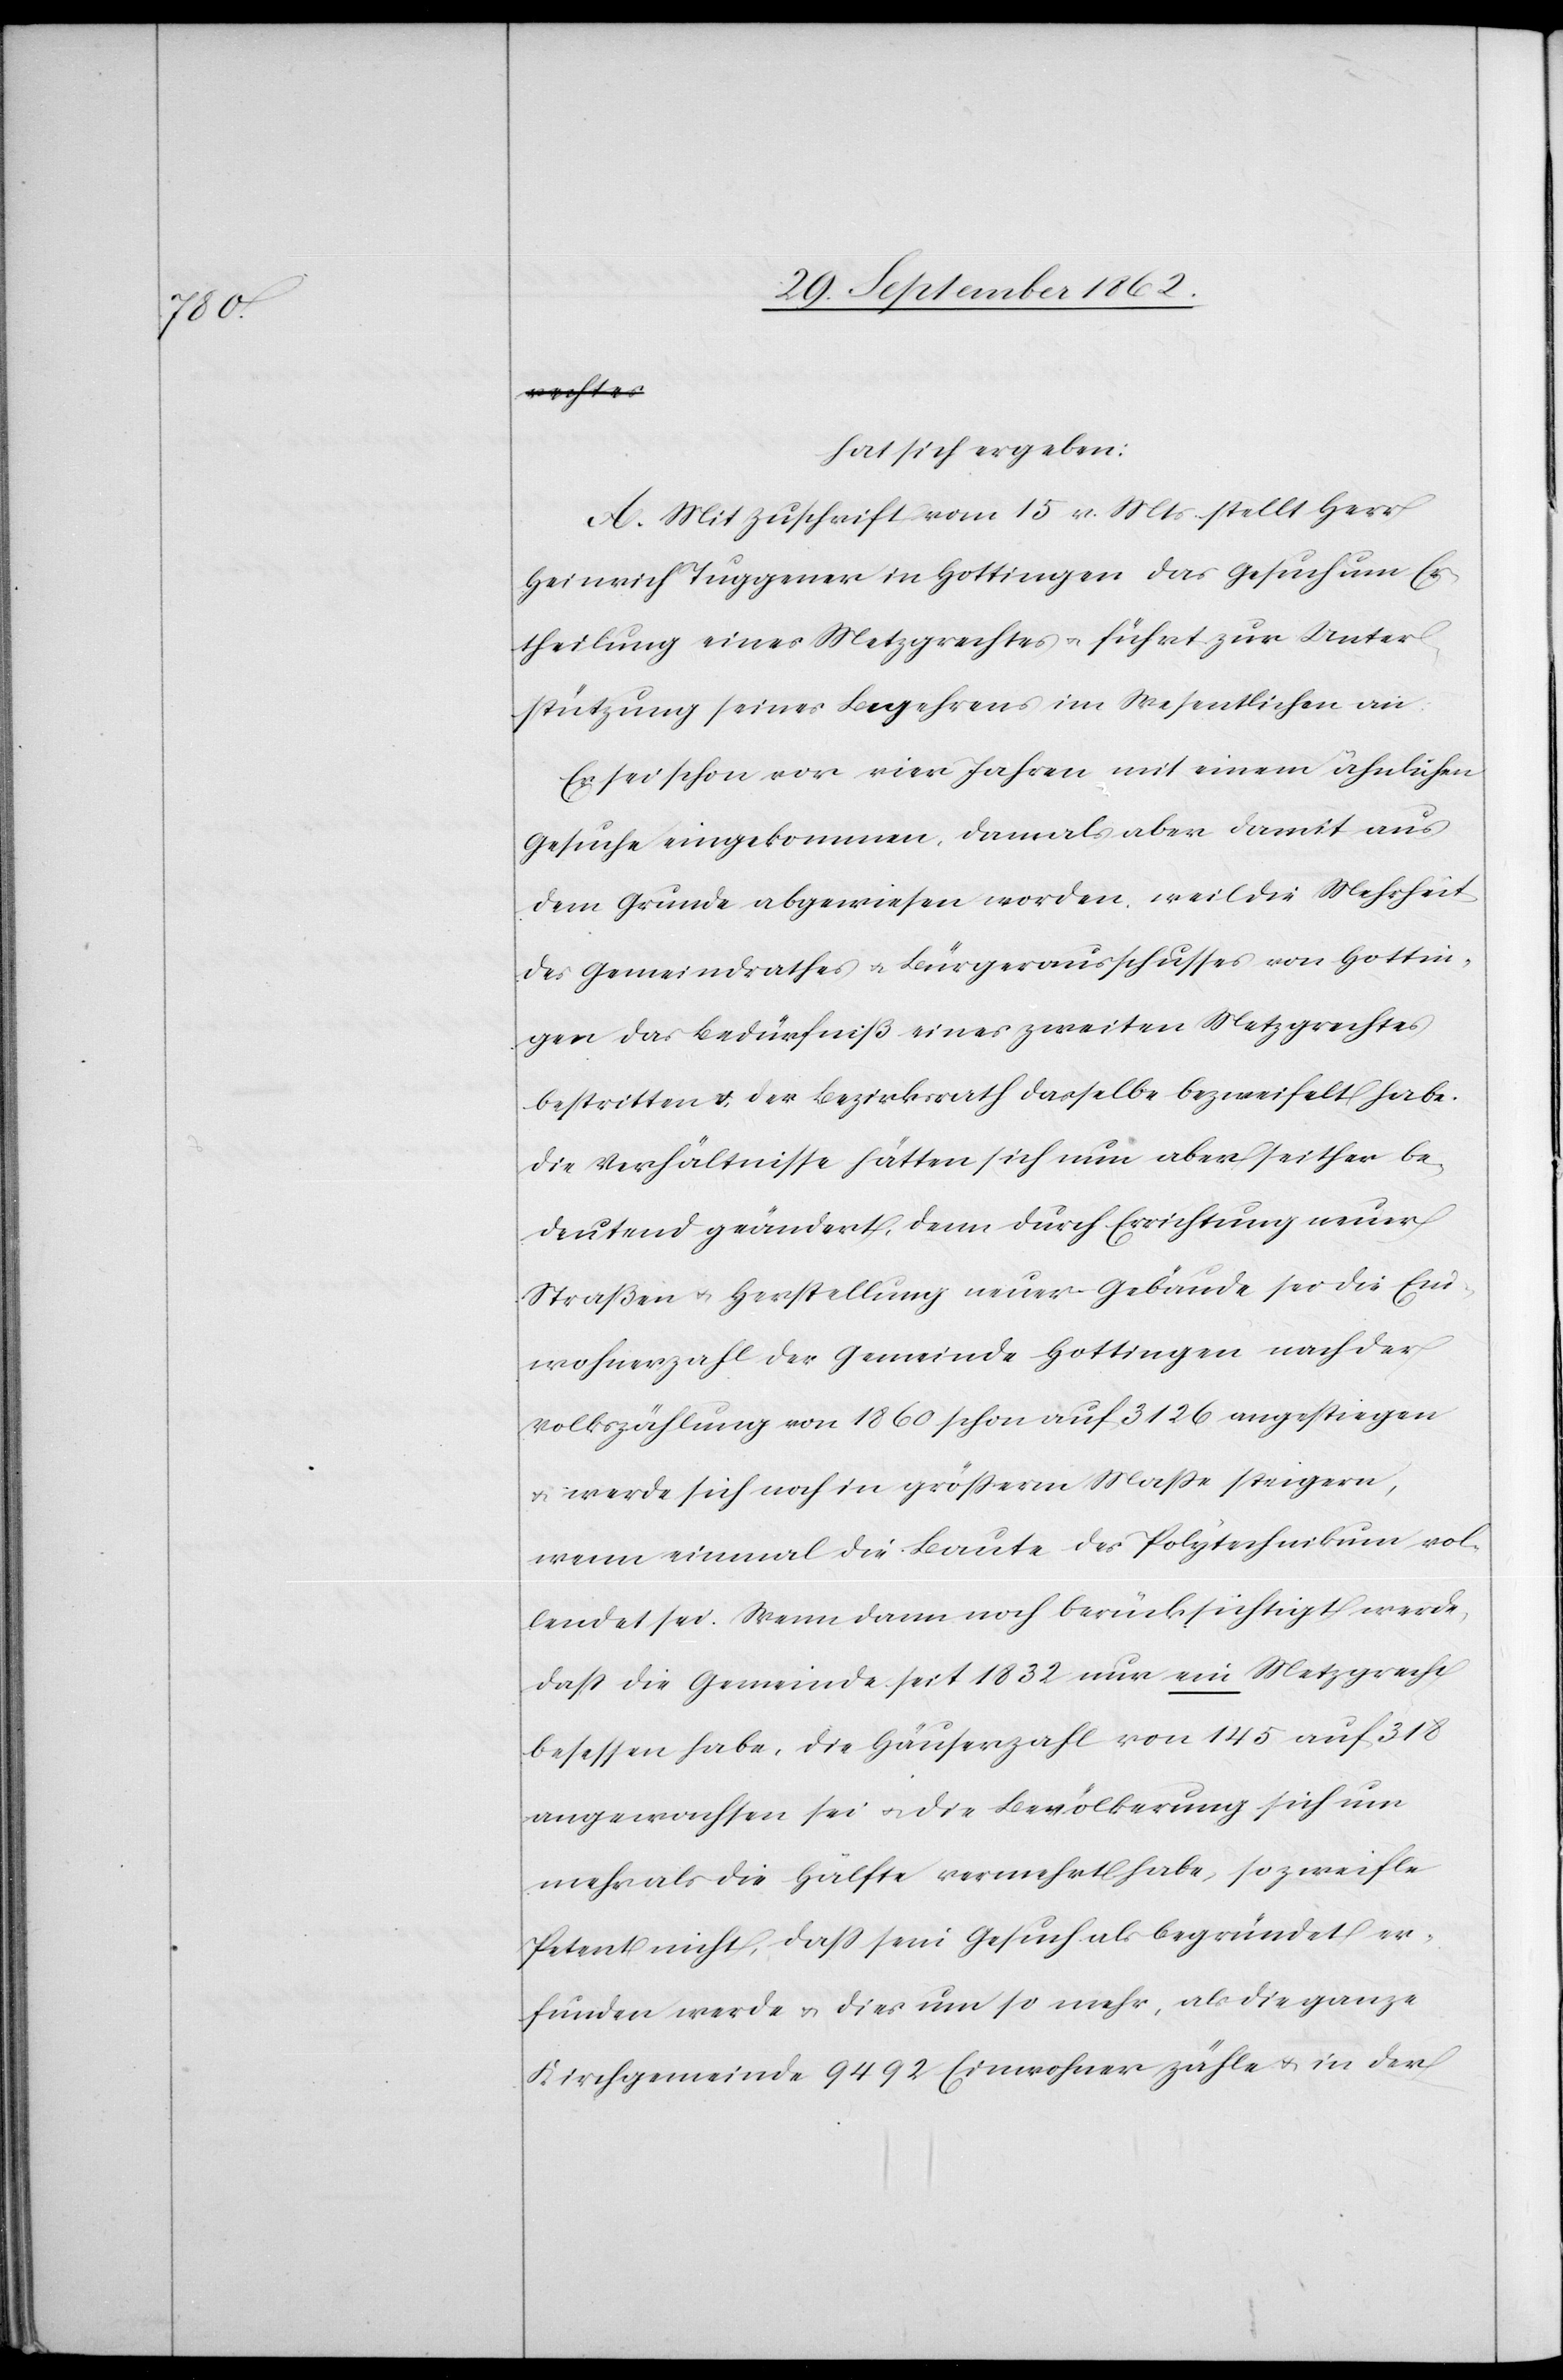
hat sich ergeben:
A. Mit Zuschrift vom 15. v. Mts. stellt Herr
Heinrich Tuggener in Hottingen das Gesuch um Er¬
theilung eines Metzgrechtes u. führt zur Unter¬
stützung seines Begehrens im Wesentlichen an:
Er sei schon vor vier Jahren mit einem ähnlichen
Gesuche eingekommen, damals aber damit aus
dem Grunde abgewiesen worden, weil die Mehrheit
des Gemeindrathes u. Bürgerausschusses von Hottin¬
gen das Bedürfniß eines zweiten Metzgrechtes
bestritten u. der Bezirksrath dasselbe bezweifelt habe.
Die Verhältnisse hätten sich nun aber seither be¬
deutend geändert, denn durch Errichtung neuer
Straßen u. Herstellung neuer Gebäude sei die Ein¬
wohnerzahl der Gemeinde Hottingen nach der
Volkszählung von 1860 schon auf 3126 angestiegen
u. werde sich noch in größerm Maße steigern,
wenn einmal die Baute des Polytechnikum vol¬
lendet sei. Wenn dann noch berücksichtigt werde,
daß die Gemeinde seit 1832 nur ein Metzgrecht
besessen habe, die Häuserzahl von 145 auf 318
angewachsen sei u. die Bevölkerung sich um
mehr als die Hälfte vermehrt habe, so zweifle
Petent nicht, daß sein Gesuch als begründet er¬
funden werde u. dies um so mehr, als die ganze
Kirchgemeinde 9492 Einwohner zähle u. in der